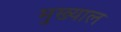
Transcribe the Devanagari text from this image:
मुख्याल